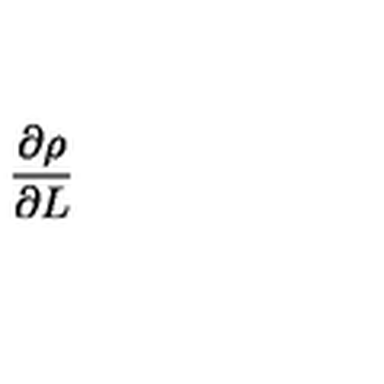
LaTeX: \frac { \partial \rho } { \partial L }